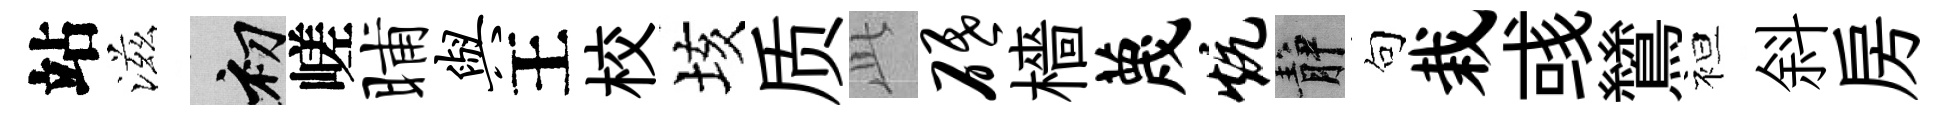
站滋初嵯晡与王校垓质𬼘砥檣蔑炕静句栽彧鷥袒斜房